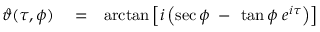
\begin{array} { r l r } { \vartheta ( \tau , \phi ) } & { { } = } & { \arctan \left[ i \left( \sec \phi \; - \frac { } { } \tan \phi \; e ^ { i \tau } \right) \right] } \end{array}